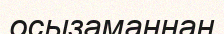
осызаманнан